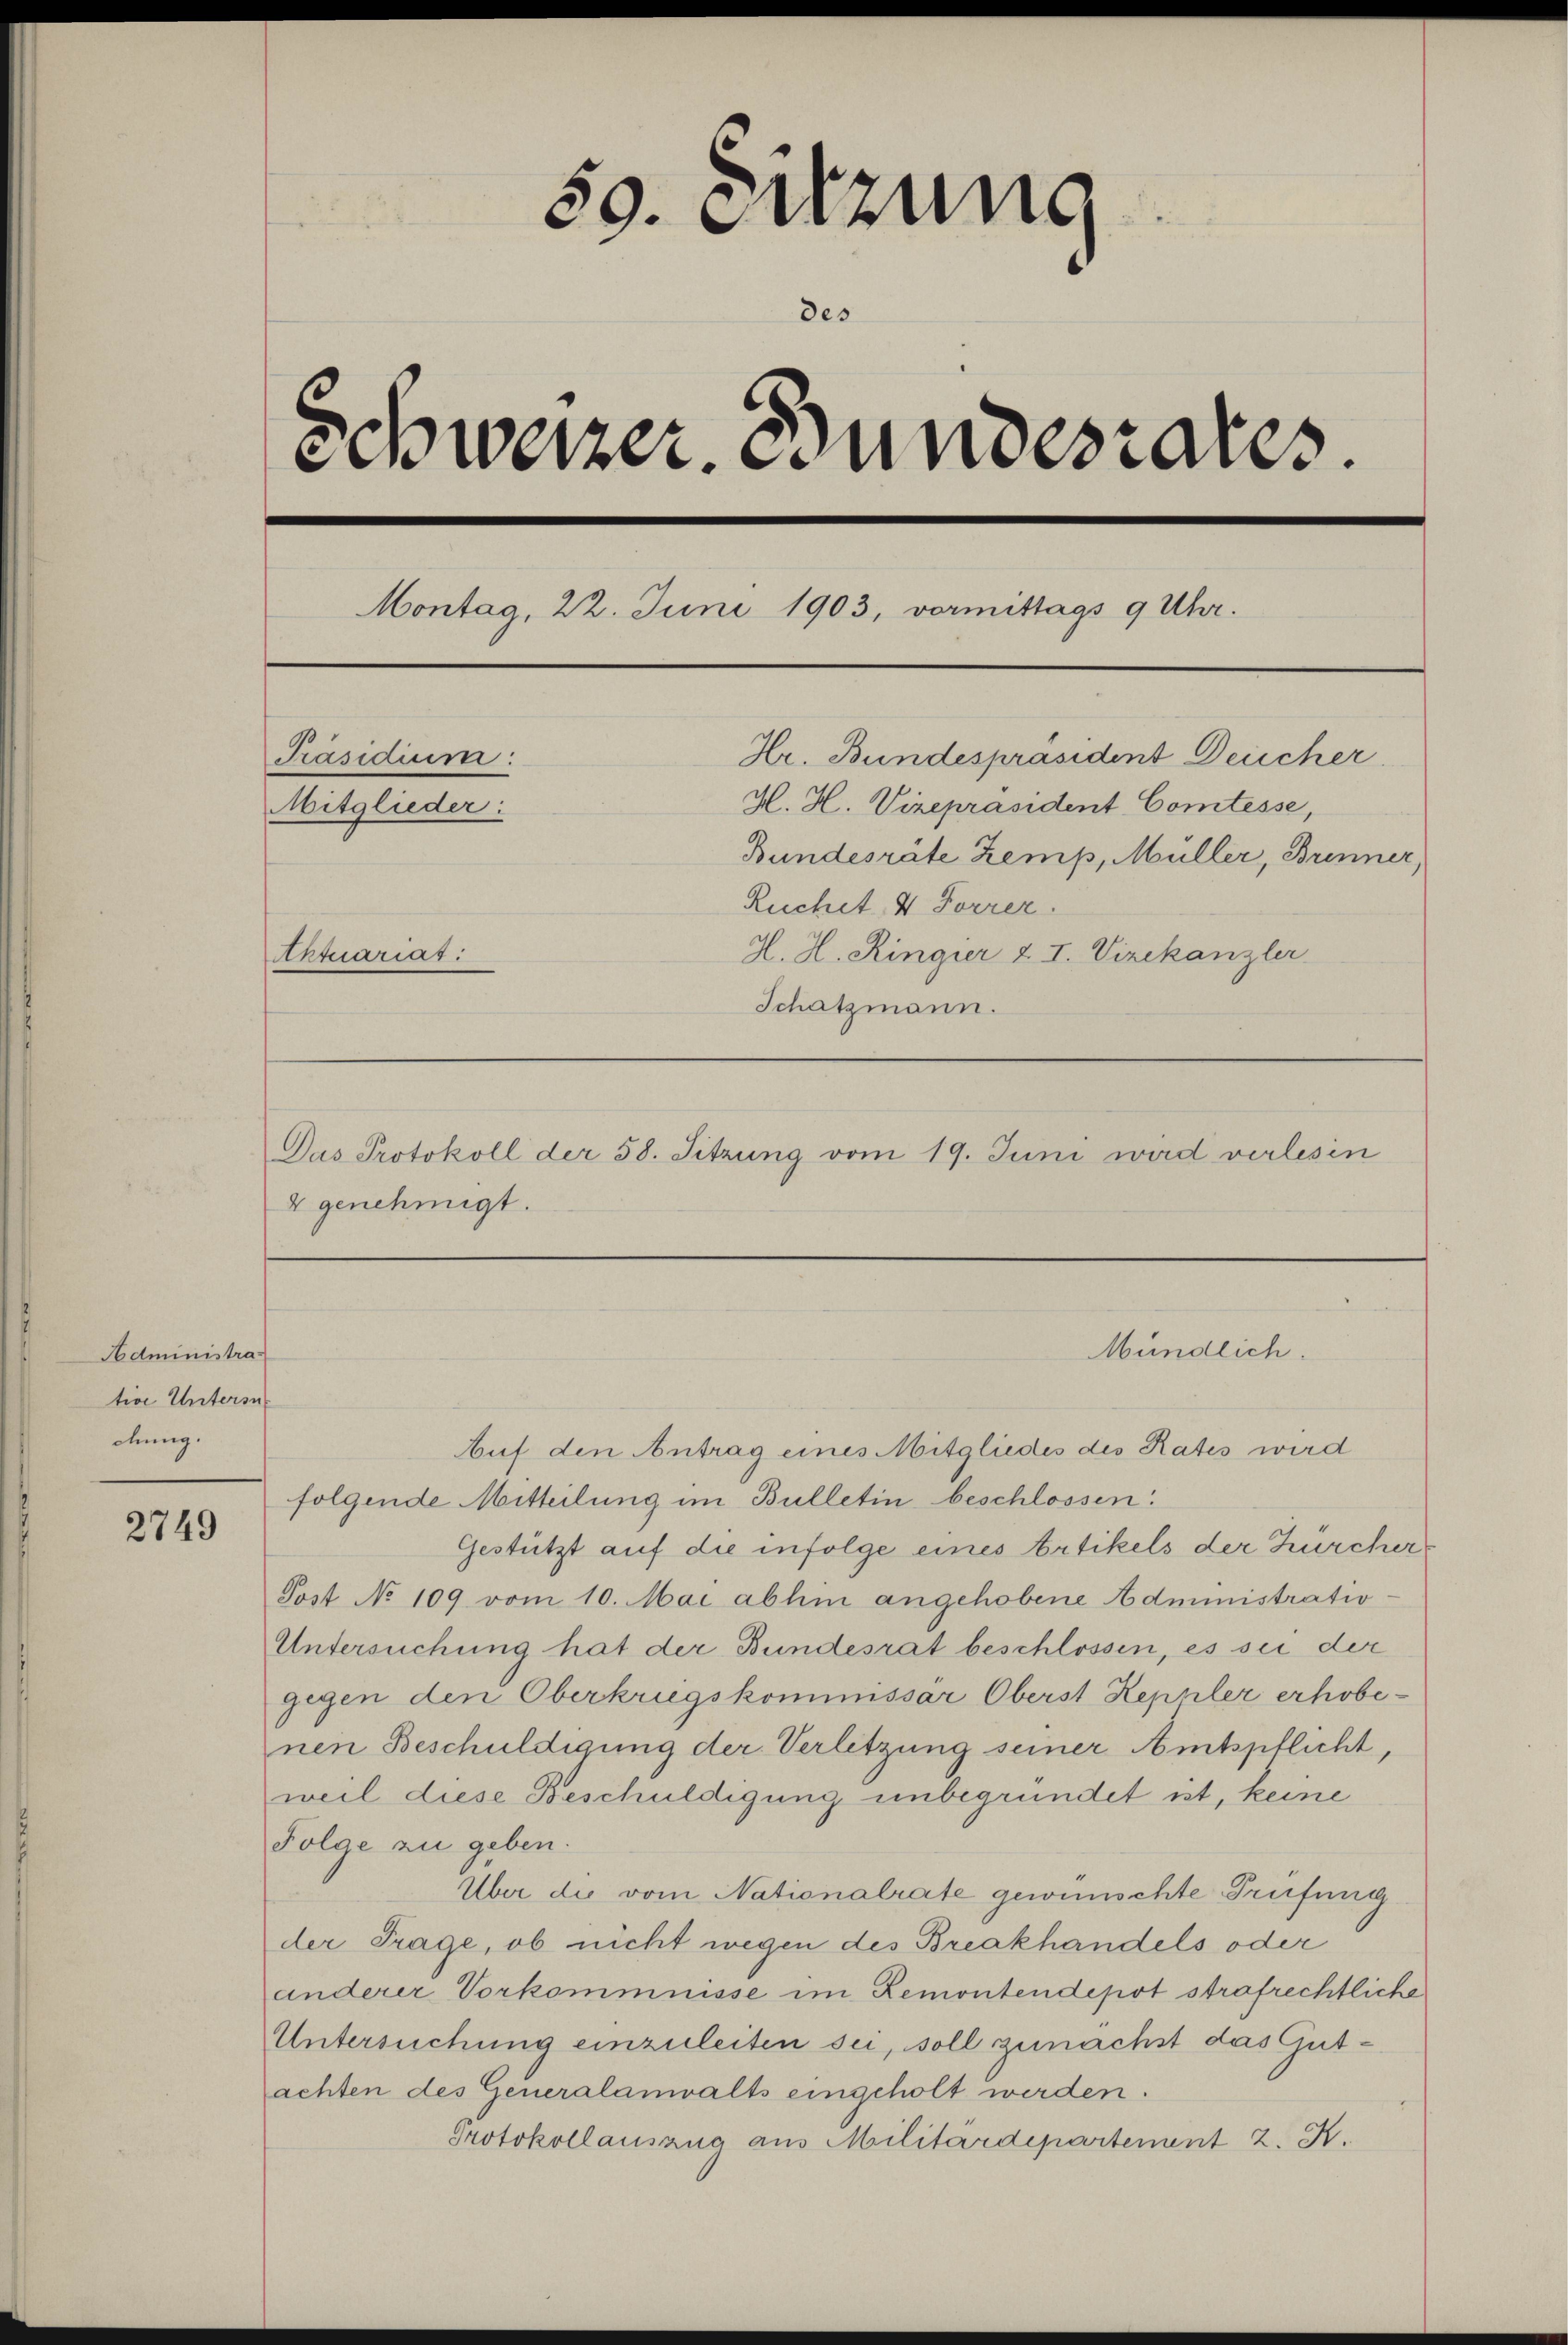
Administra
tion Untersu
dung.

2749

59. Sitzung
des
Schweizer. Bundesrates.
Montag, 22. Juni 1903, vormittags 9 Uhr.
Hr. Bundespräsident Deucher
Präsidium:
H. H. Vizepräsident Comtesse,
Mitglieder:
Bundesräte Zemp, Müller, Brenner,
Ruchet, V Forrer.
H. H. Ringier & I. Vizekanzler
Aktuariag
Schatzmann.

Das Protokoll der 58. Sitzung vom 19. Juni wird verlesen

Mündlich.

4 genehmigt.

Auf den Antrag eines Mitgliedes des Rates wird
folgende Mitteilung im Bulletin beschlossen:
Gestützt auf die infolge eines Artikels der Zürcher
Post No 109 vom 10. Mai abhin angehobene Administratio¬
Untersuchung hat der Bundesrat beschlossen, es sei der
gegen den Oberkriegskommissar Oberst Keppler erhobenen Beschuldigung der Verletzung seiner Amtspflicht,
weil diese Beschuldigung unbegründet ist, keine
Folge zu geben.
Über die vom Nationalrate gewünschte Prüfung
der Trage, ob nicht wegen des Breakhandels oder
anderer Vorkommnisse im Remontendepot strafrechtliche
Untersuchung einzuleiten sei, soll zunächst das Gutachten des Generalanwalts eingeholt werden.
Protokollauszug aus Militärdepartement 2. X.